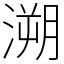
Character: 溯